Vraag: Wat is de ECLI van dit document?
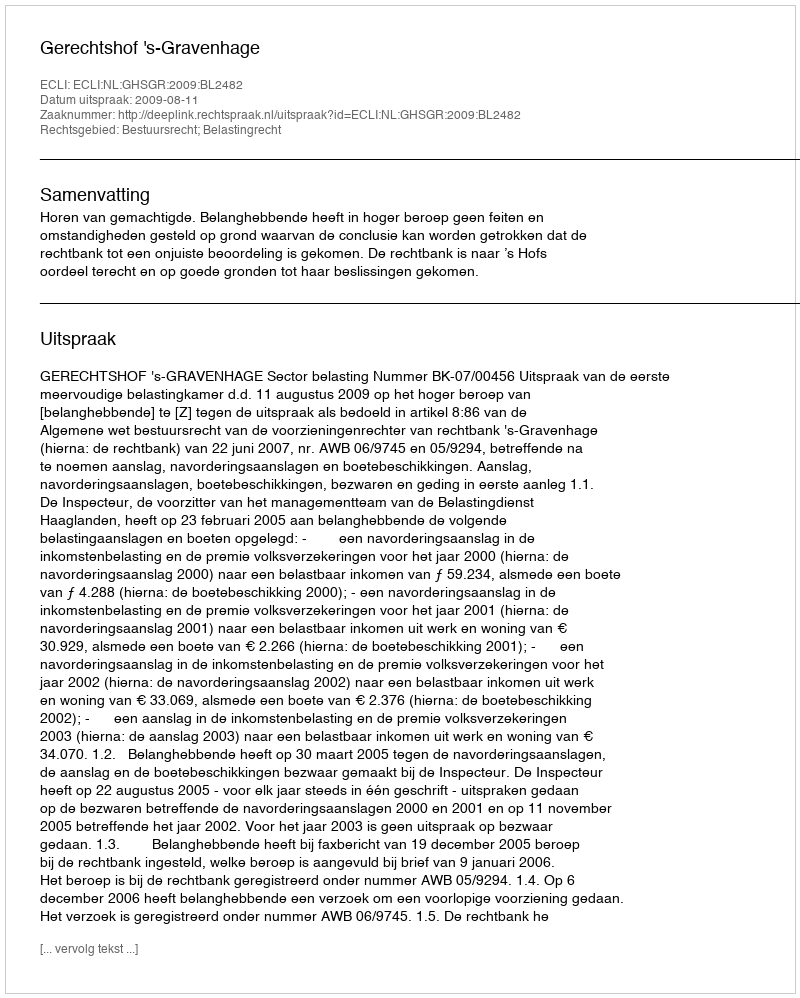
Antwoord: ECLI:NL:GHSGR:2009:BL2482